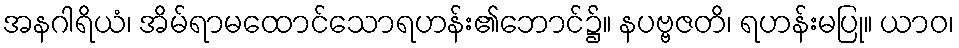
အနဂါရိယံ၊ အိမ်ရာမထောင်သောရဟန်း၏ဘောင်၌။ နပဗ္ဗဇတိ၊ ရဟန်းမပြု။ ယာဝ၊